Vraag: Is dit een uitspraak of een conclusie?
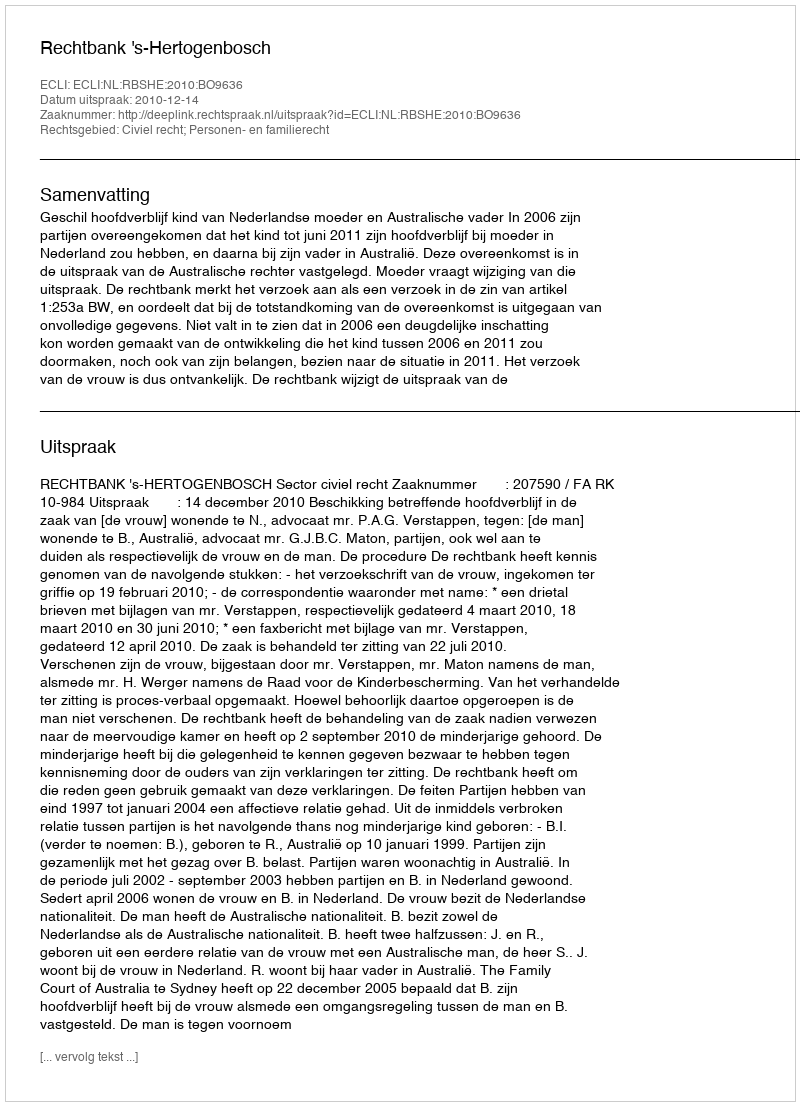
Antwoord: Uitspraak